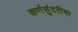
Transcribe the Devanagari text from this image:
कर्णसुंदरीचा